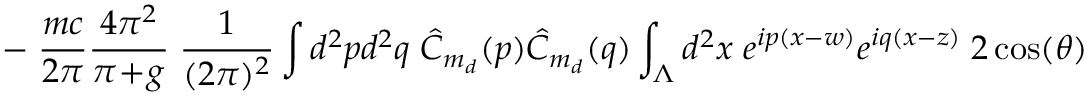
- \; \frac { m c } { 2 \pi } \frac { 4 \pi ^ { 2 } } { \pi \! + \! g } \; \frac { 1 } { ( 2 \pi ) ^ { 2 } } \int d ^ { 2 } p d ^ { 2 } q \; \hat { C } _ { m _ { d } } ( p ) \hat { C } _ { m _ { d } } ( q ) \int _ { \Lambda } d ^ { 2 } x \; e ^ { i p ( x - w ) } e ^ { i q ( x - z ) } \; 2 \cos ( \theta )